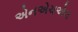
એનએચએલ